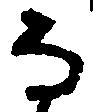
な